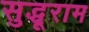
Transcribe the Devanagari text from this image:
सुद्धूराम